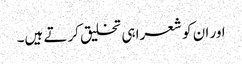
اور ان کو شعرا ہی تخلیق کرتے ہیں۔